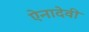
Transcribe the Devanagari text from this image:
ऐनादेवी